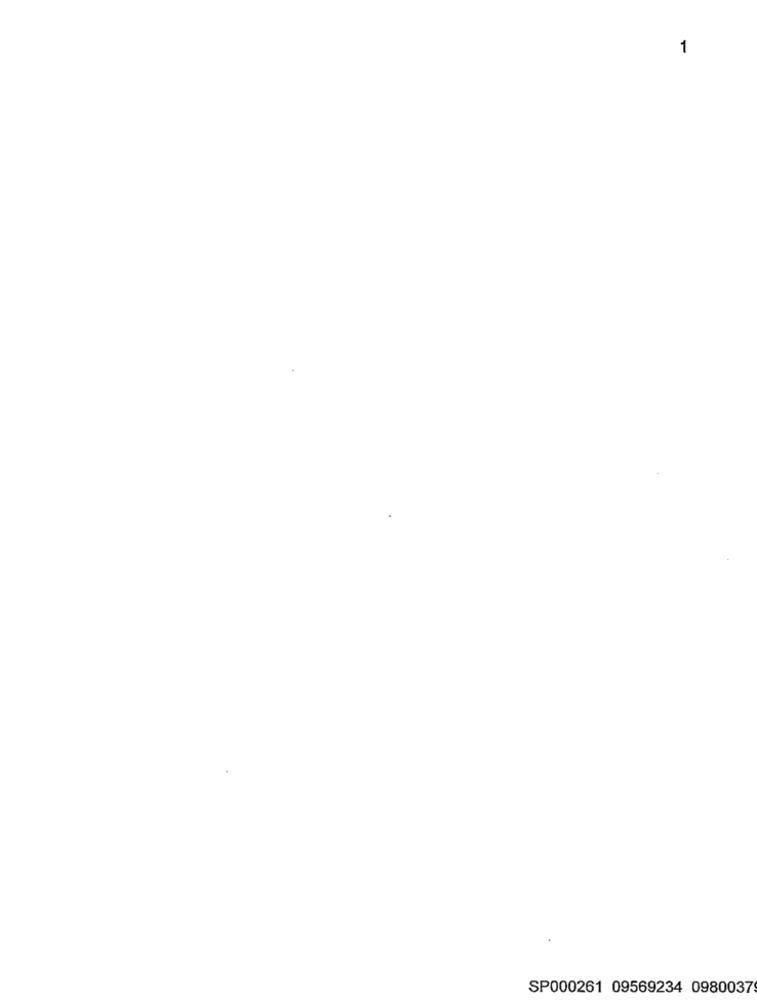
1
SP000261 09569234 0980037